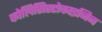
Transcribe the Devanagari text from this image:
कोलिसिस्टोकाइनिन